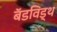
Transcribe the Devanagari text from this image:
बॅडविड्थ